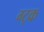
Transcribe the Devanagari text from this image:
ग्ट्क